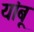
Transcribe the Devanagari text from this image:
यांबू